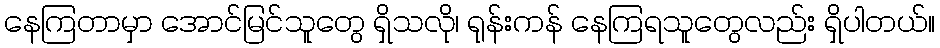
နေကြတာမှာ အောင်မြင်သူတွေ ရှိသလို၊ ရုန်းကန် နေကြရသူတွေလည်း ရှိပါတယ်။